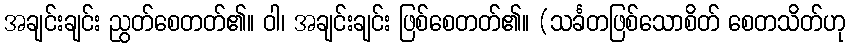
အချင်းချင်း ညွတ်စေတတ်၏။ ဝါ၊ အချင်းချင်း ဖြစ်စေတတ်၏။ (သင်္ခတဖြစ်သောစိတ် စေတသိတ်ဟု